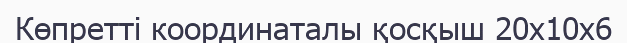
Көпретті координаталы қосқыш 20x10x6